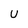
Character: U